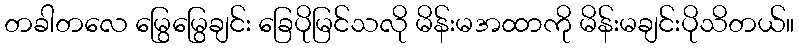
တခါတလေ မြွေမြွေချင်း ခြေပိုမြင်သလို မိန်းမအထာကို မိန်းမချင်းပိုသိတယ်။